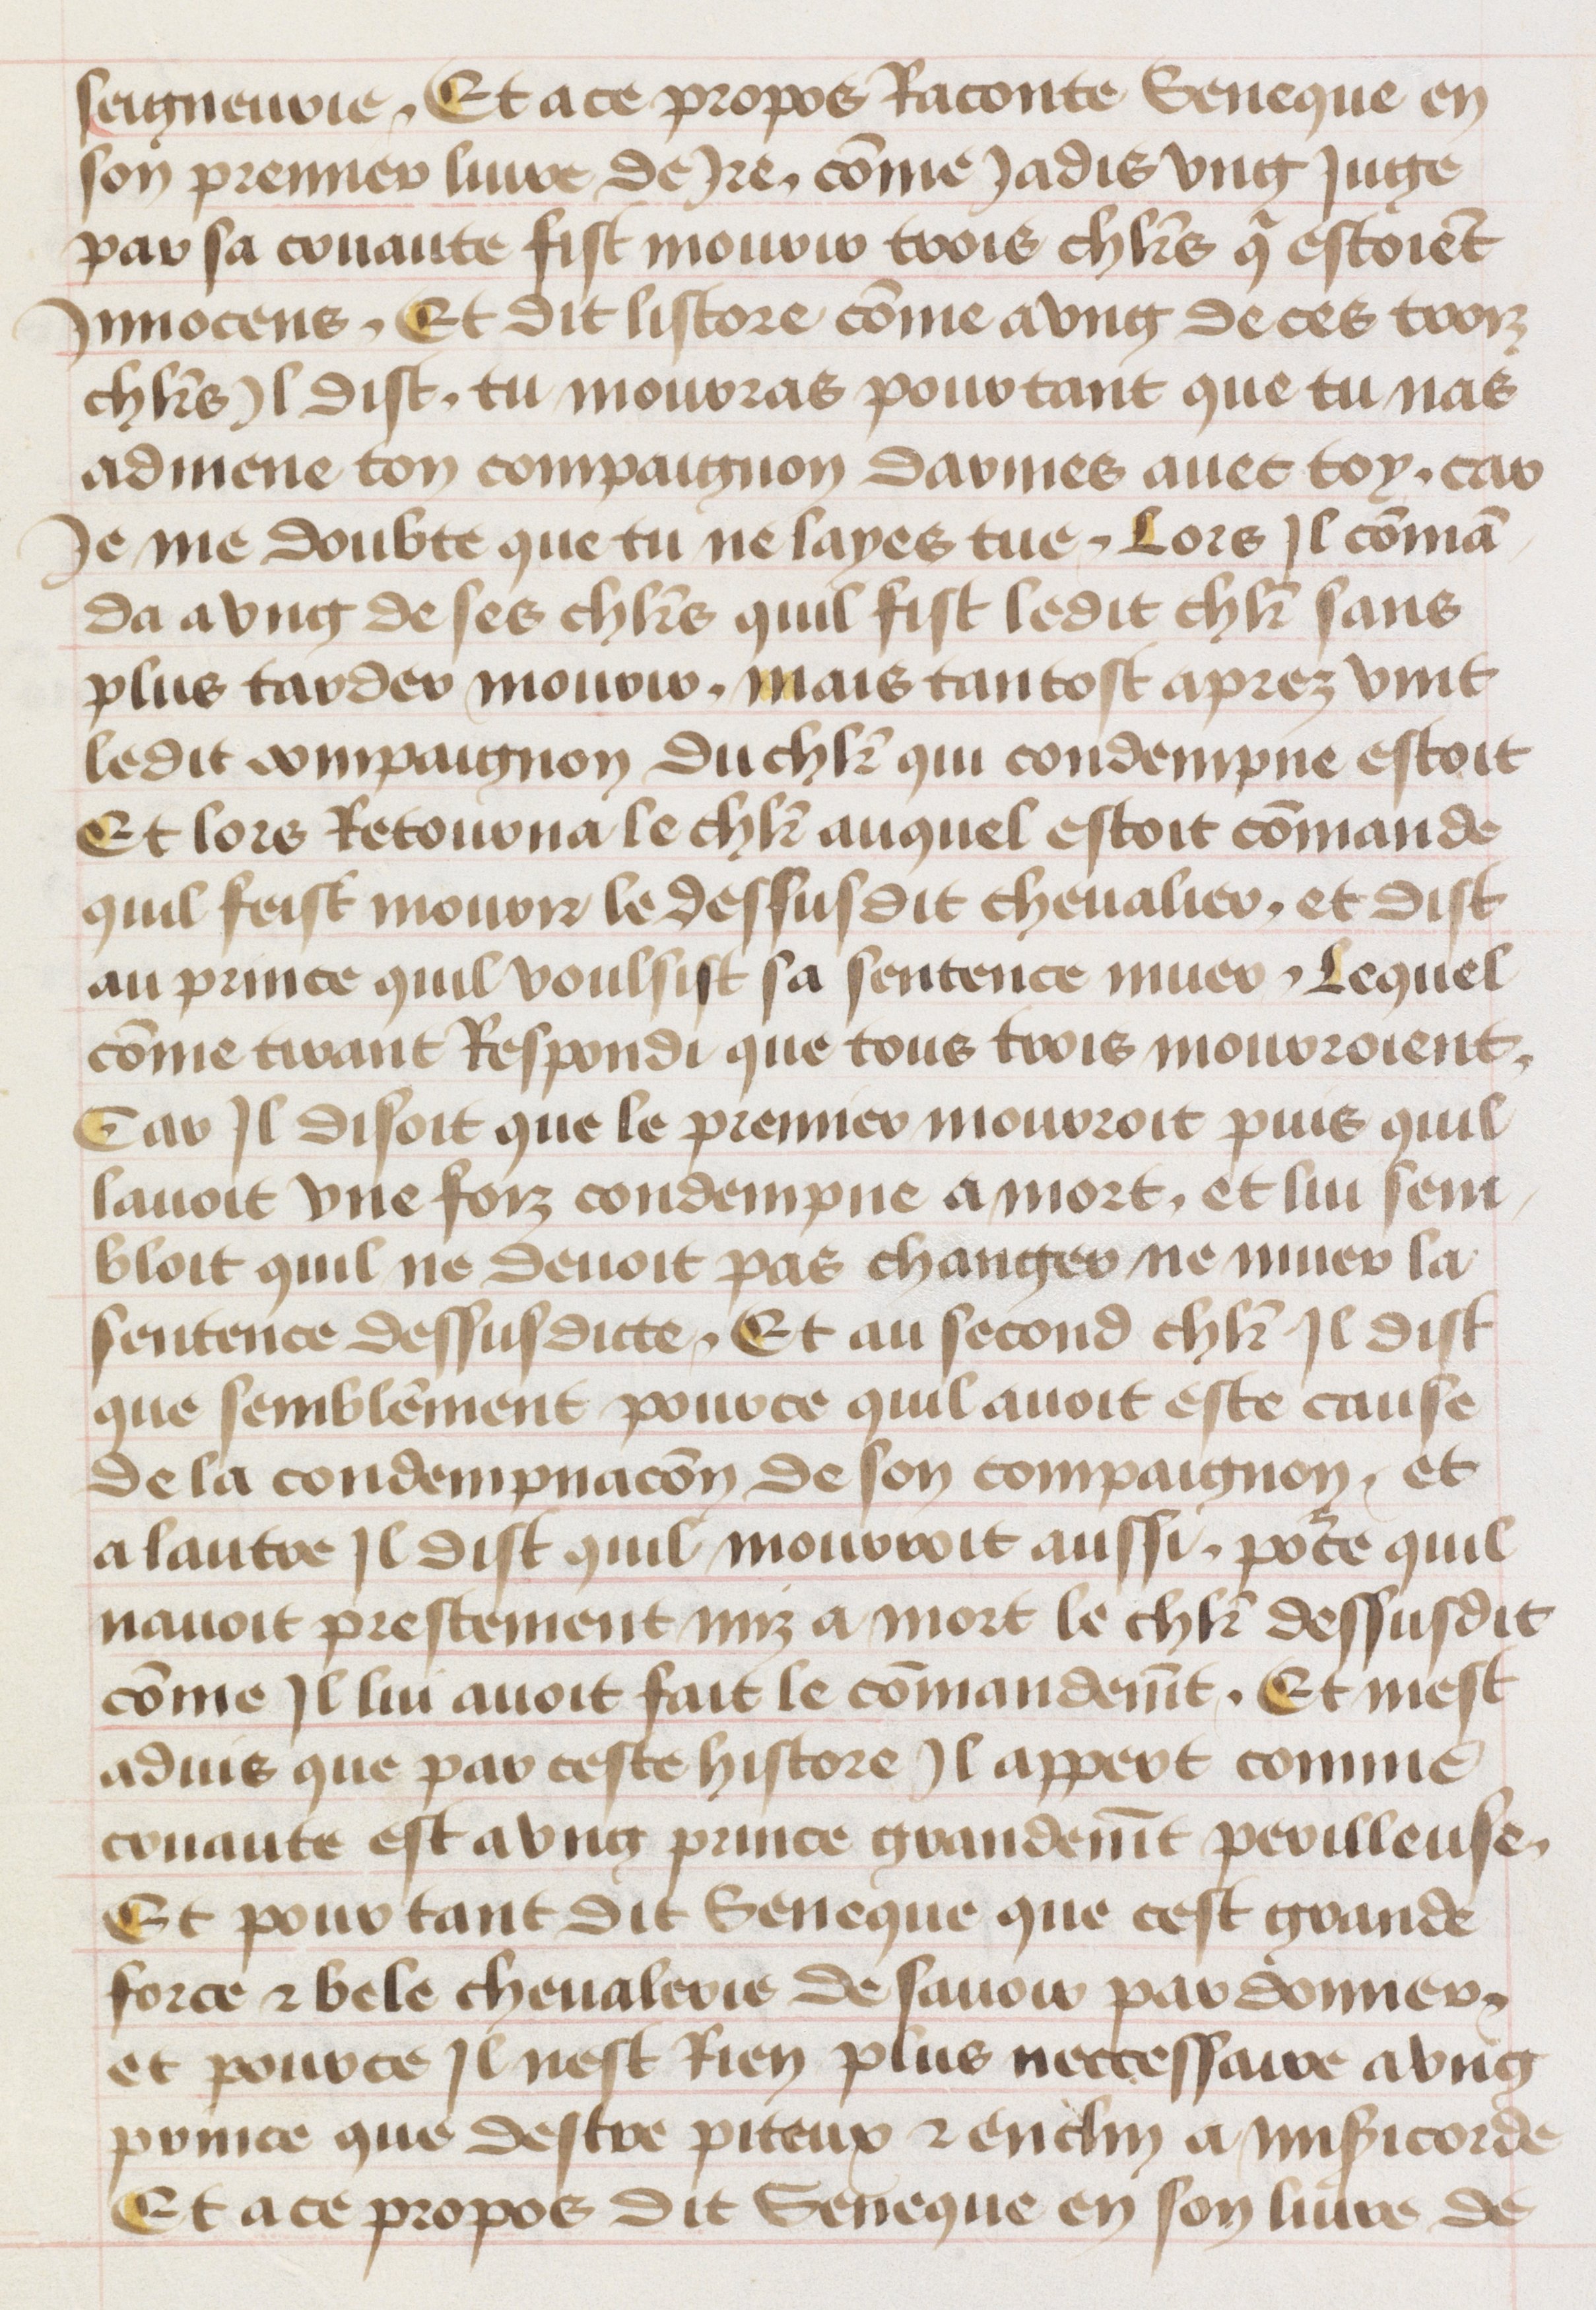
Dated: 1455–1485